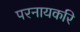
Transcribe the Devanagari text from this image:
परनायकरि